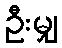
ဦးမျှ